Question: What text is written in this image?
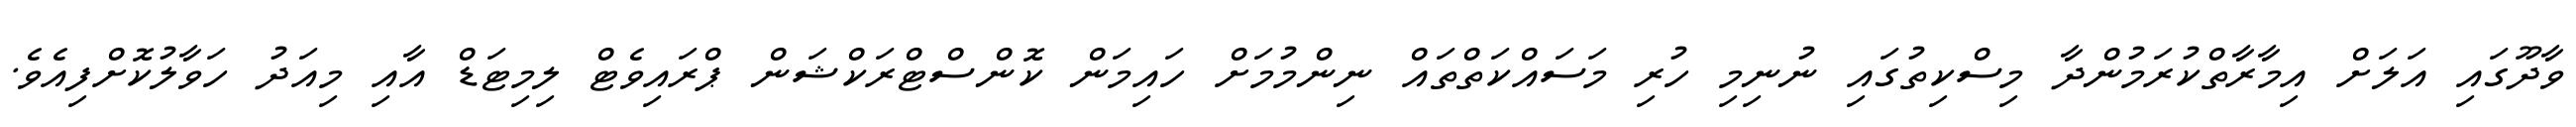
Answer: ވާދޫގައި އަލަށް އިމާރާތްކުރަމުންދާ މިސްކިތުގައި ނުނިމި ހުރި މަސައްކަތްތައް ނިންމުމަށް ހައިމަން ކޮންސްޓްރަކްޝަން ޕްރައިވެޓް ލިމިޓަޑް އާއި މިއަދު ހަވާލުކޮށްފިއެވެ.